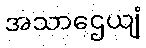
အသာဌေယျံ